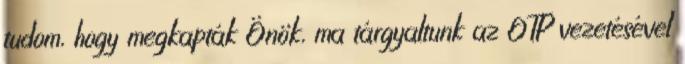
tudom, hogy megkapták Önök, ma tárgyaltunk az OTP vezetésével